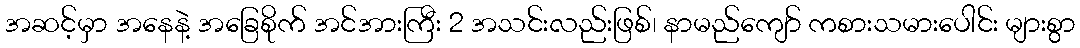
အဆင့်မှာ အနေနဲ့ အခြေစိုက် အင်အားကြီး 2 အသင်းလည်းဖြစ်၊ နာမည်ကျော် ကစားသမားပေါင်း များစွာ